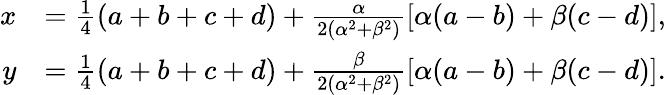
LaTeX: \begin{array}{rl}{x}&{=\textstyle\frac{1}{4}(a+b+c+d)+\frac{\alpha}{2(\alpha^{2}+\beta^{2})}[\alpha(a-b)+\beta(c-d)],}\\ {y}&{=\textstyle\frac{1}{4}(a+b+c+d)+\frac{\beta}{2(\alpha^{2}+\beta^{2})}[\alpha(a-b)+\beta(c-d)].}\end{array}